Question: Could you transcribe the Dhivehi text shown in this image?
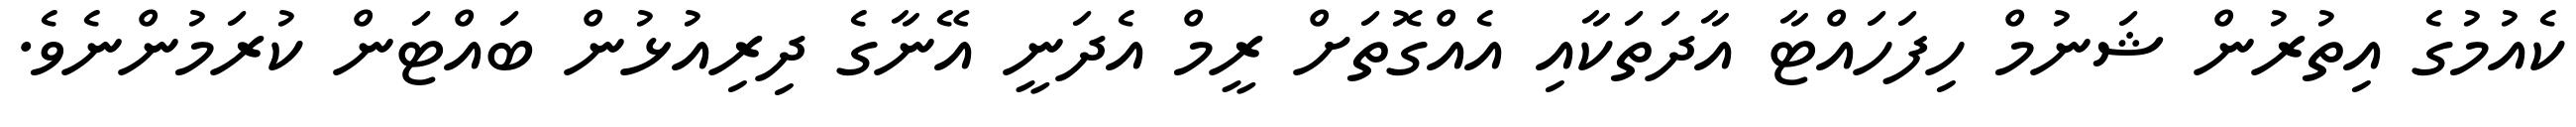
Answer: ކެއުމުގެ އިތުރުން ޝަނުމް ހިފަހައްޓާ އާދަތަކާއި އެއްގޮތަށް ރީމް އެދަނީ އޭނާގެ ދިރިއުޅުން ބައްޓަން ކުރަމުންނެވެ.